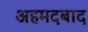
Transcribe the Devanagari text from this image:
अहमदबाद